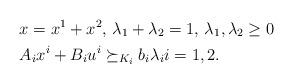
LaTeX: \begin{align*}& x = x^1 + x^2, \, \lambda_1+\lambda_2 = 1, \, \lambda_1, \lambda_2 \geq 0 \\& A_i x^i + B_i u^i\succeq_{K_i} b_i \lambda_i i = 1,2.\end{align*}